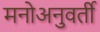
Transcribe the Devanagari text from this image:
मनोअनुवर्ती